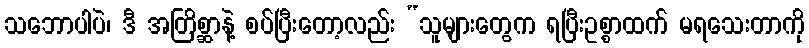
သဘောပါပဲ၊ ဒီ အတြိစ္ဆာနဲ့ စပ်ပြီးတော့လည်း “သူများတွေက ရပြီးဥစ္စာထက် မရသေးတာကို